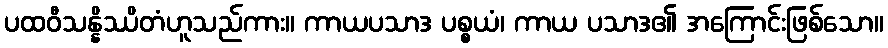
ပထဝီသန္နိဿိတံဟူသည်ကား။ ကာယပသာဒ ပစ္စယံ၊ ကာယ ပသာဒ၏ အကြောင်းဖြစ်သော။